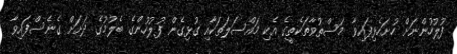
ފުލުހުންނަށް ހުށަހެޅިފައިވާ މަސްތުވާތަކެތީގެ އެކި މައްސަލަތަކާއި ގުޅިގެން ފުލުހުންގެ ބެލުމުގެ ދަށަށް ގެނެސްފައިވާ